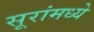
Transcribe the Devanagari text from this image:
सूरांमध्ये